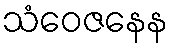
သံဝေဇနေန